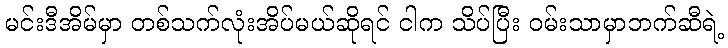
မင်းဒီအိမ်မှာ တစ်သက်လုံးအိပ်မယ်ဆိုရင် ငါက သိပ်ပြီး ဝမ်းသာမှာဘက်ဆီရဲ့